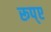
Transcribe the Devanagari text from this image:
रूप्ए